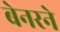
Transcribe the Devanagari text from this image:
बेनरने